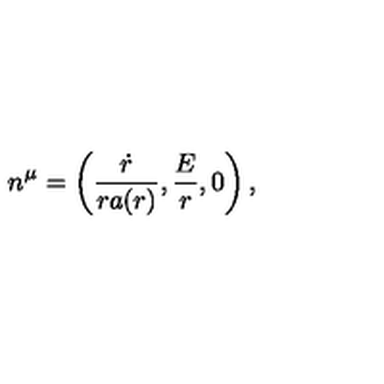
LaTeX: n ^ { \mu } = \left( \frac { \dot { r } } { r a ( r ) } , \frac { E } { r } , 0 \right) ,